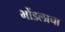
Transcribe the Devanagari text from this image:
भोंडलाचा